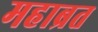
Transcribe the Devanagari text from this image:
महाब्रत